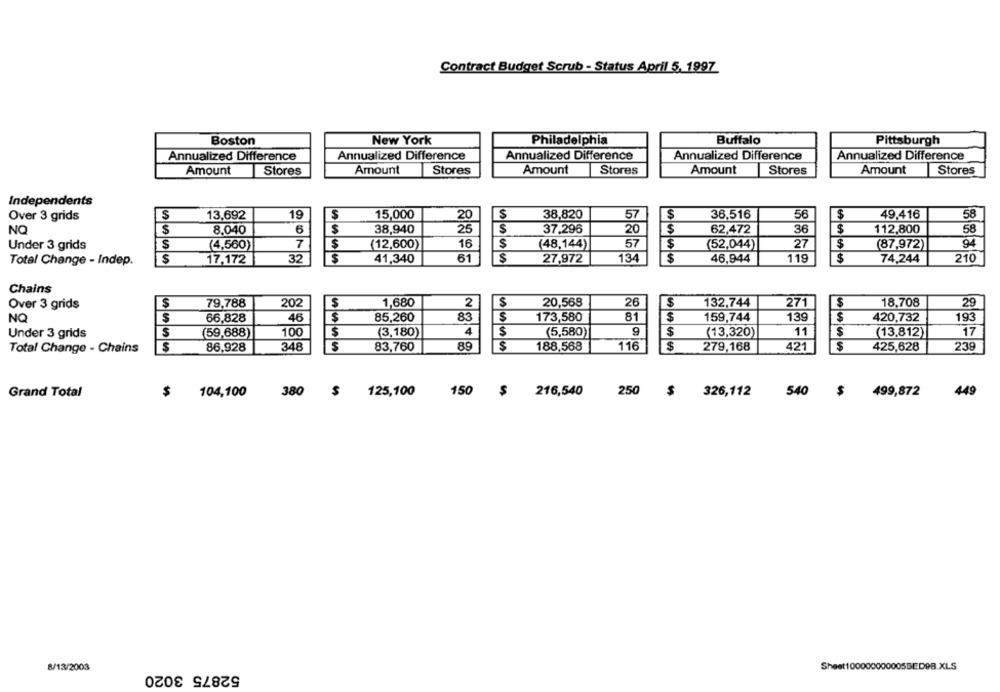
Contract Budget Scrub - Status April 5, 1997
Boston
New York
Philadelphia
Buffalo
Pittsburgh
Annualized Difference
Annualized Difference
Annualized Difference
Annualized Difference
Annualized Difference
Amount
Stores
Amount
Stores
Amount
Stores
Amount
Stores
Amount
Stores
Independents
13,692
19
S
15,000
20
38,820
57
$
36,516
56
49,416
58
Over 3 grids
S
$
6
38,940
25
S
37,296
36
$
112,800
58
NO
$
8,040
$
20
$
62,472
Under 3 grids
$
(4,560)
7
$
(12,600)
16
S
(48,144)
57
$
(52,044)
27
(87,972)
94
Total Change - Indep.
$
17,172
32
41,340
61
S
27,972
134
46,944
119
$
74,244
210
Chains
Over 3 grids
S
79,788
202
$
1,680
2
$
20,568
26
$
132,744
271
S
18,708
29
NQ
S
66,828
46
$
85,260
83
$
173,580
81
$
159,744
139
$
420,732
193
S
100
$
(3,180)
4
(5,580)
$
11
S
17
Under 3 grids
(59,688)
(13,320)
(13,812)
89
$
116
421
$
239
Total Change - Chains
$
86.928
348
S
83,760
188,568
$
279,168
425,628
Grand Total
$
104,100
380
$
125,100
150 $
216,540
250
$
326,112
540 $ 499,872
449
8/13/2003
52875 3020
Sheet1000000000055EDPB.XLS